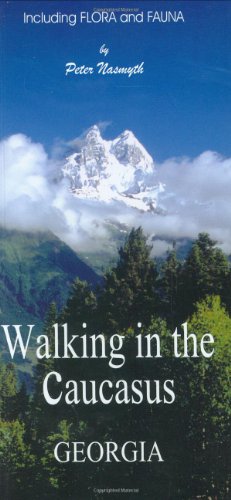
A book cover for Walking in the Caucasus - Georgia; Peter Nasmyth; Travel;